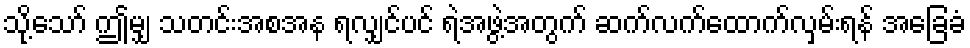
သို့သော် ဤမျှ သတင်းအစအန ရလျှင်ပင် ရဲအဖွဲ့အတွက် ဆက်လက်ထောက်လှမ်းရန် အခြေခံ